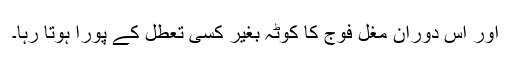
اور اس دوران مغل فوج کا کوٹہ بغیر کسی تعطل کے پورا ہوتا رہا۔